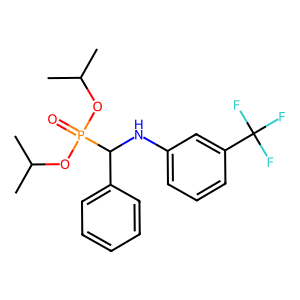
SMILES: CC(C)OP(=O)(OC(C)C)C(Nc1cccc(C(F)(F)F)c1)c1ccccc1
Inhibits HIV replication: No